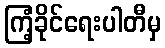
ကြံ့ခိုင်ရေးပါတီမှ